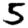
Digit: 5